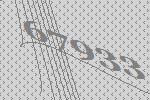
67933